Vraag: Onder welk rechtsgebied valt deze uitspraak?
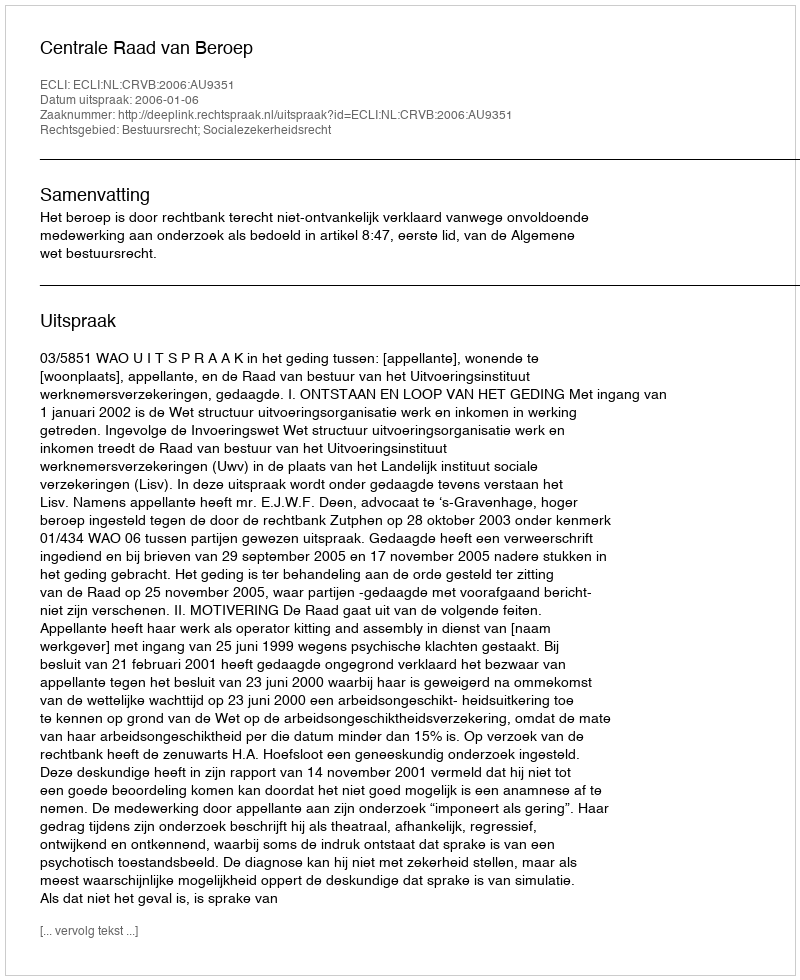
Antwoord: Bestuursrecht; Socialezekerheidsrecht